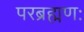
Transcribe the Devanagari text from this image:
परब्रह्मणः